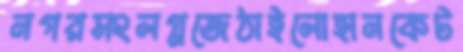
নগরসংলগ্নজেঠাইলোহানকেট